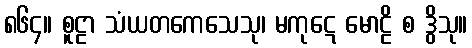
၈၆၄။ စူဠာ သံယတကေသေသု၊ မကုဋေ မောဠိ စ ဒွိသု။